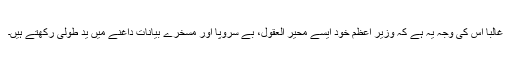
غالباً اس کی وجہ یہ ہے کہ وزیر اعظم خود ایسے محیر العقول، بے سروپا اور مسخرے بیانات داغنے میں ید طولٰی رکھتے ہیں۔